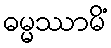
ဓမ္မဿာမိံ